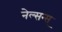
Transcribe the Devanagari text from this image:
नेल्सन्स्